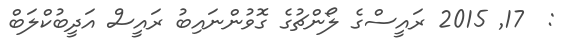
:  17